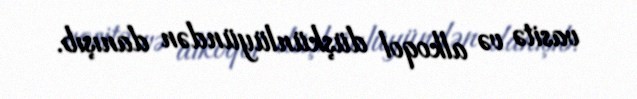
vasitə və alkoqol düşkünlüyündən danışıb.